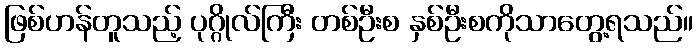
ဖြစ်ဟန်တူသည့် ပုဂ္ဂိုလ်ကြီး တစ်ဦးစ နှစ်ဦးစကိုသာတွေ့ရသည်။